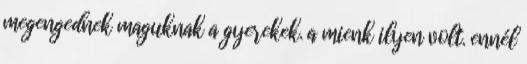
megengednek maguknak a gyerekek. a mienk ilyen volt. ennél